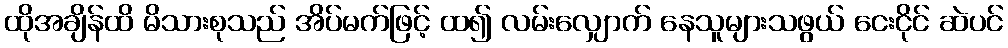
ထိုအချိန်ထိ မိသားစုသည် အိပ်မက်ဖြင့် ထ၍ လမ်းလျှောက် နေသူများသဖွယ် ငေးငိုင် ဆဲပင်